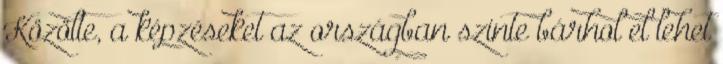
Közölte, a képzéseket az országban szinte bárhol el lehet